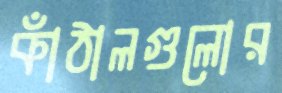
কাঁঠালগুলোর